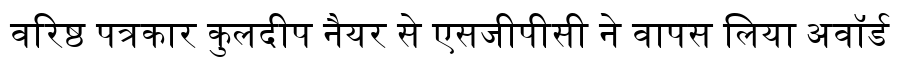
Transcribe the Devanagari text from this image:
वरिष्ठ पत्रकार कुलदीप नैयर से एसजीपीसी ने वापस लिया अवॉर्ड